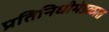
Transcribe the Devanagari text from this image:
प्रतिनिधीमंडळात